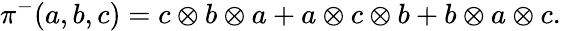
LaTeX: \pi^{-}(a,b,c)=c\otimes b\otimes a+a\otimes c\otimes b+b\otimes a\otimes c.